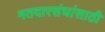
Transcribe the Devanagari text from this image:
मतदारसंघांसाठी